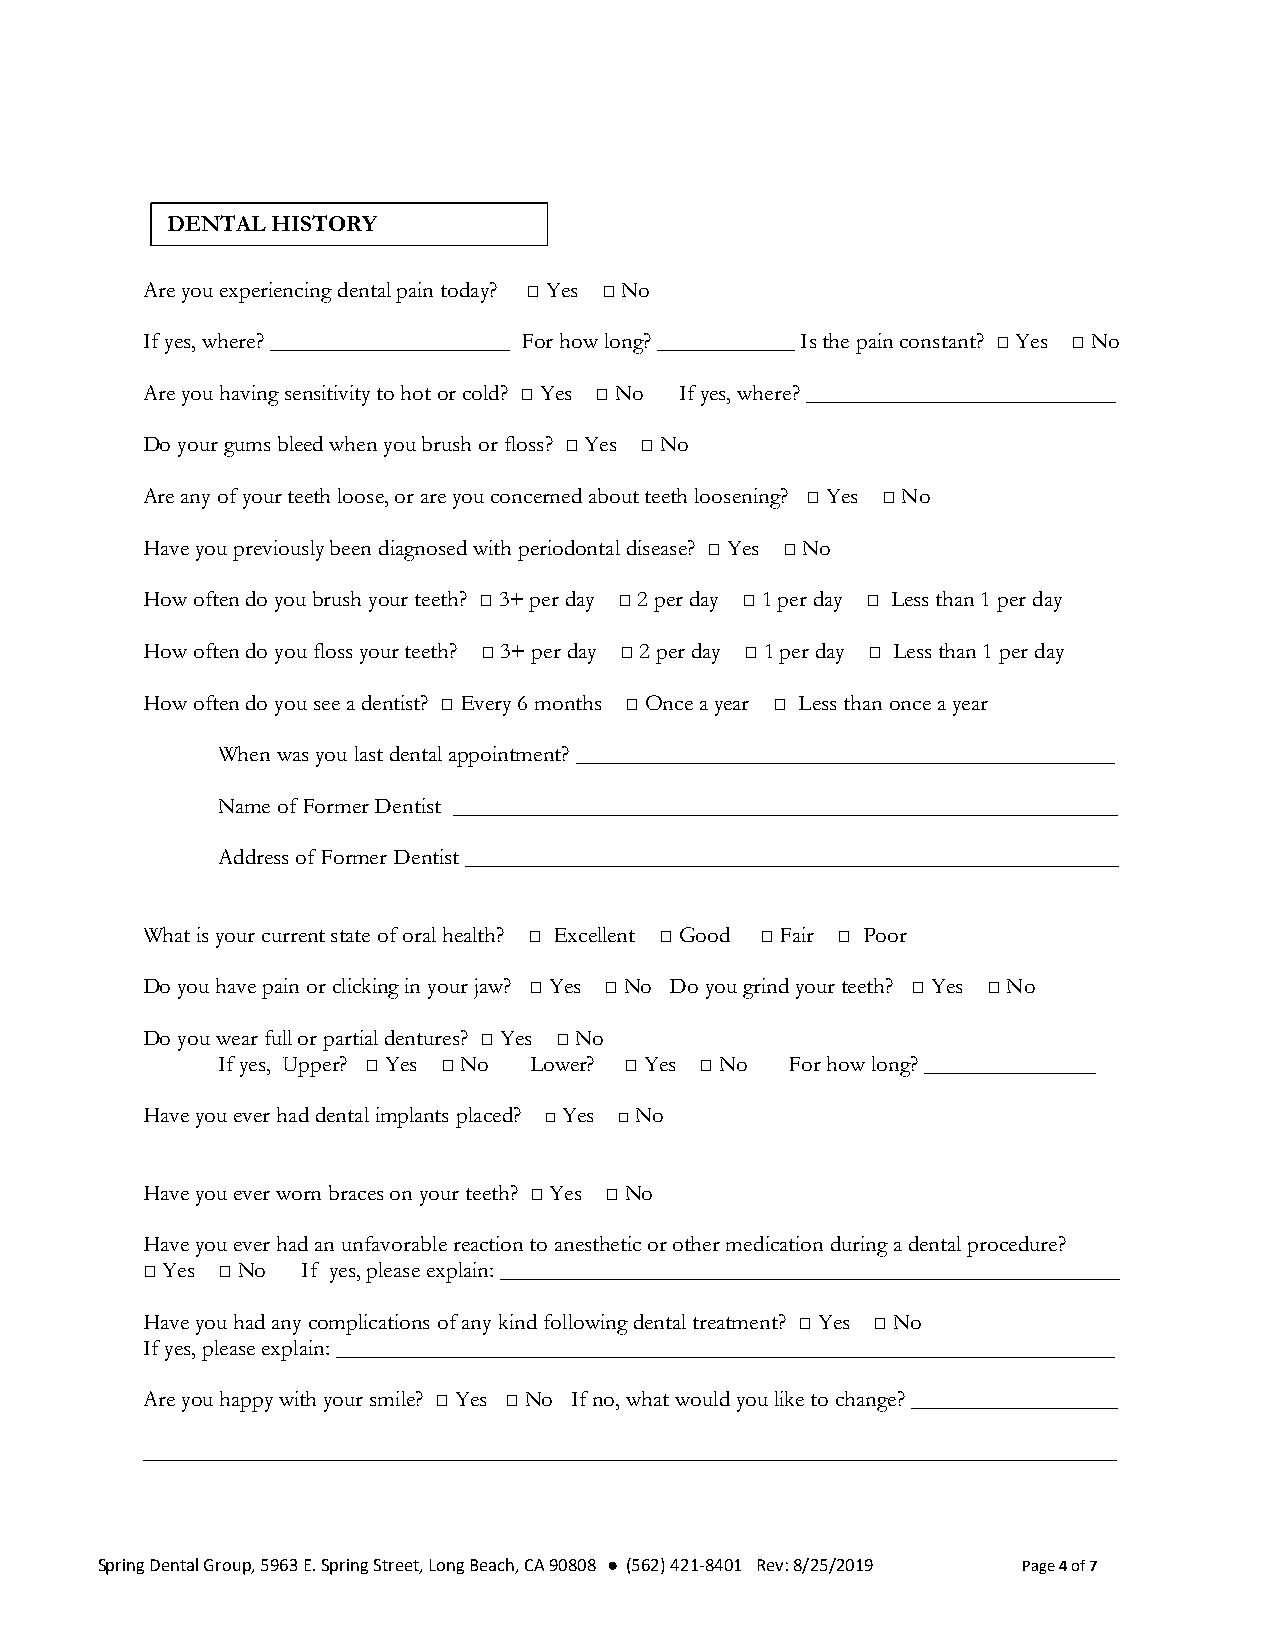
DENTAL HISTORY
 Are you experiencing dental pain today? □ Yes □ No
 If yes, where? _____________________ For how long? ____________ Is the pain constant? □ Yes □ No
 Are you having sensitivity to hot or cold? □ Yes □ No If yes, where? ___________________________
 Do your gums bleed when you brush or floss? □ Yes □ No
 Are any of your teeth loose, or are you concerned about teeth loosening? □ Yes □ No
 Have you previously been diagnosed with periodontal disease? □ Yes □ No
 How often do you brush your teeth? □ 3+ per day □ 2 per day □ 1 per day □ Less than 1 per day
 How often do you floss your teeth? □ 3+ per day □ 2 per day □ 1 per day □ Less than 1 per day
 How often do you see a dentist? □ Every 6 months □ Once a year □ Less than once a year
 When was you last dental appointment? _______________________________________________
 Name of Former Dentist __________________________________________________________
 Address of Former Dentist _________________________________________________________
 What is your current state of oral health? □ Excellent □ Good □ Fair □ Poor
 Do you have pain or clicking in your jaw? □ Yes □ No Do you grind your teeth? □ Yes □ No
 Do you wear full or partial dentures? □ Yes □ No
 If yes, Upper? □ Yes □ No Lower? □ Yes □ No For how long? _______________
 Have you ever had dental implants placed? □ Yes □ No
 Have you ever worn braces on your teeth? □ Yes □ No
 Have you ever had an unfavorable reaction to anesthetic or other medication during a dental procedure?
 □ Yes □ No If yes, please explain: ______________________________________________________
 Have you had any complications of any kind following dental treatment? □ Yes □ No
 If yes, please explain: ____________________________________________________________________
 Are you happy with your smile? □ Yes □ No If no, what would you like to change? __________________
 _____________________________________________________________________________________
 Spring Dental Group, 5963 E. Spring Street, Long Beach, CA 90808 ● (562) 421-8401 Rev: 8/25/2019 Page 4 of 7